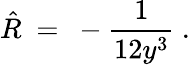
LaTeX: \hat{R}\ =\ -\frac{1}{12y^{3}}~.